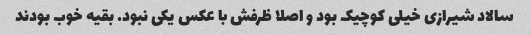
سالاد شیرازی خیلی کوچیک بود و اصلا ظرفش با عکس یکی نبود. بقیه خوب بودند